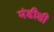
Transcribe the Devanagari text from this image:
मंडीशी